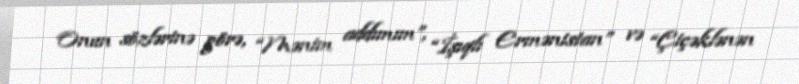
Onun sözlərinə görə, “Mənim addımım”, “İşıqlı Ermənistan” və “Çiçəklənən